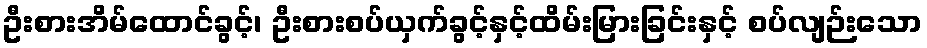
ဦးစားအိမ်ထောင်ခွင့်၊ ဦးစားစပ်ယှက်ခွင့်နှင့်ထိမ်းမြားခြင်းနှင့် စပ်လျဉ်းသော